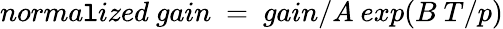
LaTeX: norma\mathtt{l}ized~gain~=~gain/A~exp(B~T/p)